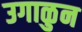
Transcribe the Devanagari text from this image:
उगाळुन